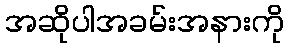
အဆိုပါအခမ်းအနားကို